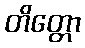
တိတ္တော